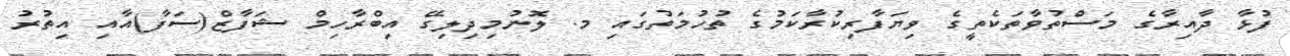
ފުޅާ ދާއިރާގެ މަސްތުވާތަކެތީގެ ވިޔަފާރިކުރާކަމުގެ ތުހުމަތުގައި މ. ލޮނުމިދިލިގޭ އިބްރާހިމް ޝަފާޒް(ސަފާ)އާއި އިތުރު